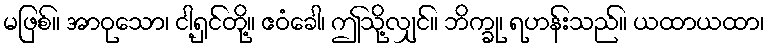
မဖြစ်။ အာဝုသော၊ ငါ့ရှင်တို့။ ဧဝံခေါ၊ ဤသို့လျှင်။ ဘိက္ခု၊ ရဟန်းသည်။ ယထာယထာ၊